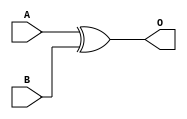
module XOR16(input [15:0] A, B, output [15:0] O);
	assign O = A ^ B;
endmodule

/*
module TestBench;
	reg [15:0] A, B;
	output [15:0] O;

	integer i;

	XOR16 a(A, B, O);

	initial begin
		$monitor("A: %16b\nB: %16b\nO: %16b\n", A, B, O);
		for(i = 0; i < 10; i = i + 1) begin
			A = $urandom;
			B = $urandom;
			#1;
		end
	end
endmodule
*/